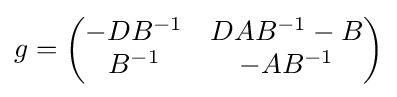
g={\begin{pmatrix}-DB^{-1}&DAB^{-1}-B\\B^{-1}&-AB^{-1}\end{pmatrix}}